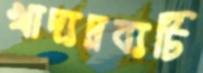
খাদ্যদ্রব্যটি